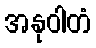
အနုဝါတံ